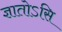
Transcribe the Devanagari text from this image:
ज्ञातोऽसि